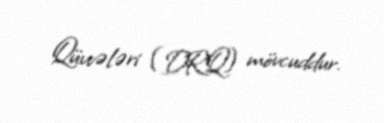
Qüvvələri (DRQ) mövcuddur.